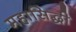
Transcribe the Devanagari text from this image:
महासिद्धी